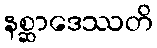
နစ္ဆာဒေဿတိ